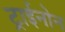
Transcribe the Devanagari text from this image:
ट्राईनोन